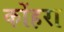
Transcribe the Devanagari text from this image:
कोंहरा